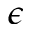
\epsilon